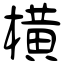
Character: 橫